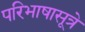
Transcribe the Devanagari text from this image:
परिभाषासूत्रे